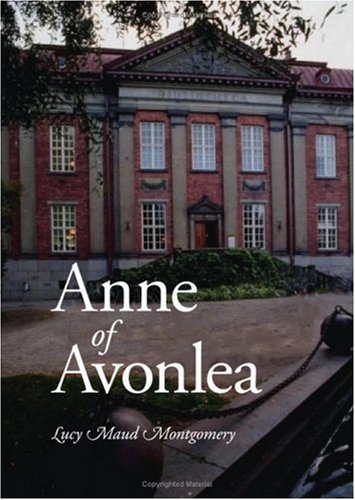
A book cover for Anne of Avonlea, Large-Print Edition; Lucy Maud Montgomery; Literature & Fiction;